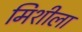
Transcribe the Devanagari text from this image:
मिशीला